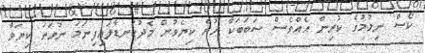
ކޯސް ނިމުމުގެ ކުރިން އެއްވެސް ސަބަބަކާ ހުރެ ކިޔެވުން މެދުކަނޑާލައިފިނަމަ ނުވަތަ ކިޔަވާ